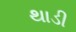
થાડી